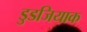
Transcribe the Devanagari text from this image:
डुडजियाक